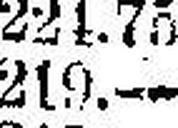
219.—